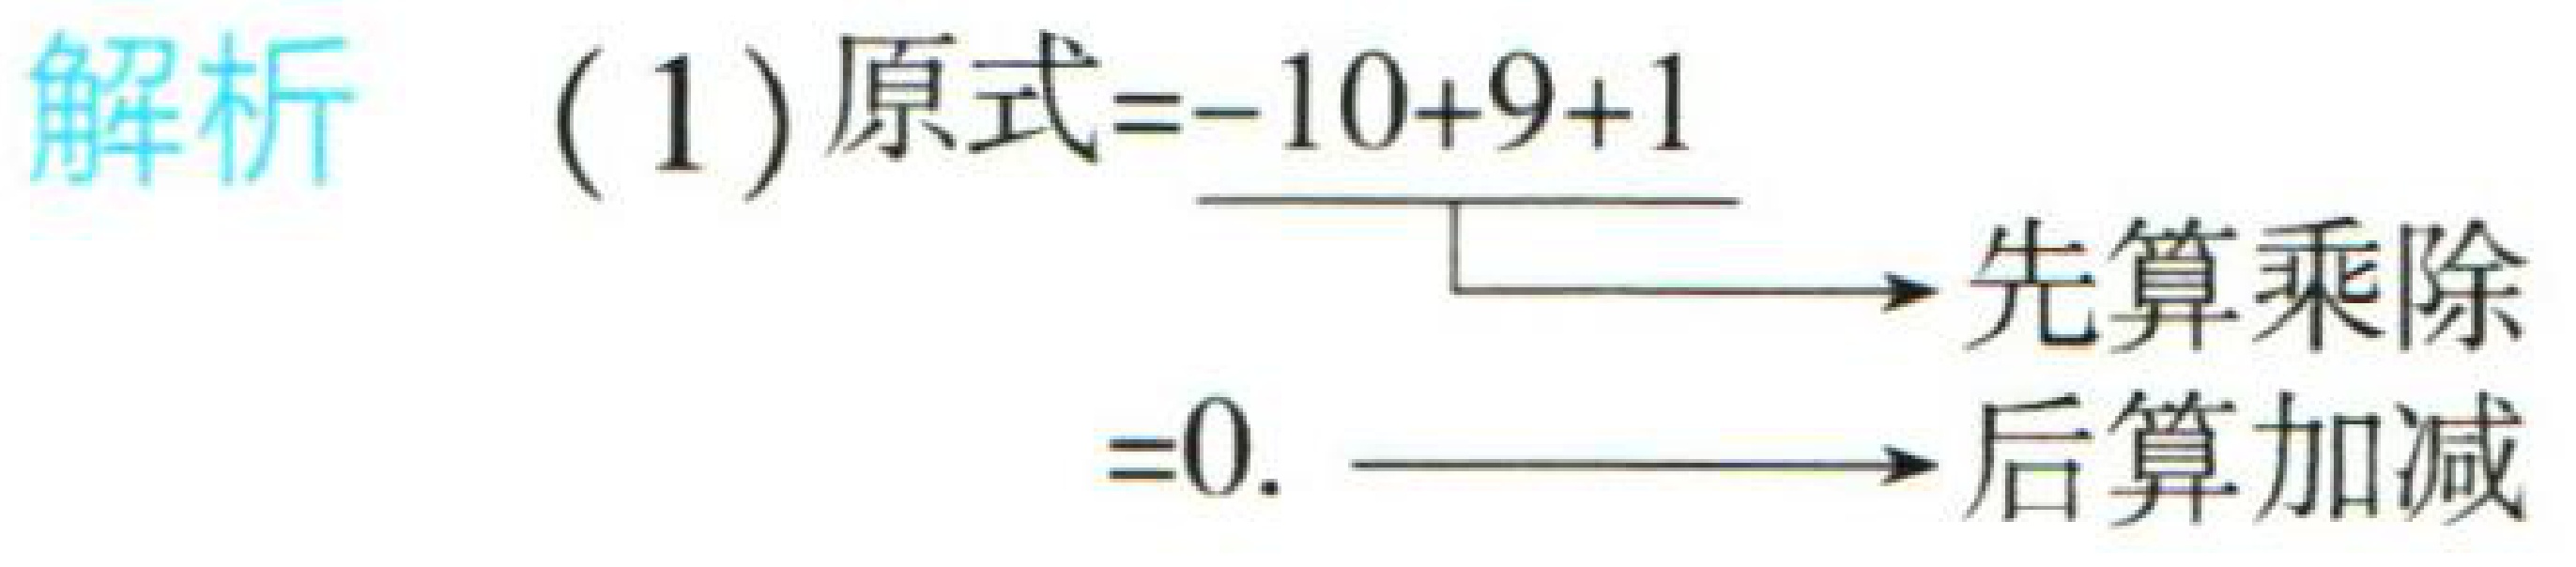
解析
(1) 原式\(=-10 + 9+1\)
\(=\underline{\quad\quad}\xrightarrow{先算乘除} \)
\(=0.\xrightarrow{后算加减}\)